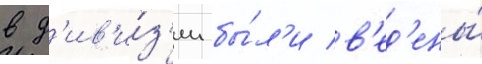
в д'ив'и́з'ии бы́л'и в'ед'ены́